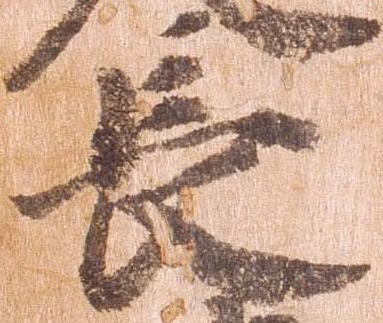
長